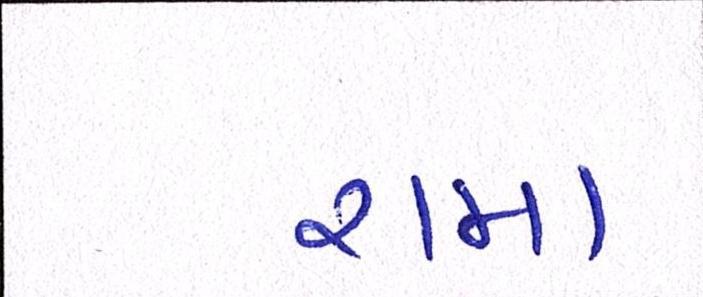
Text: રામા